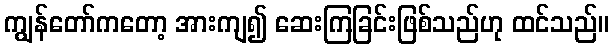
ကျွန်တော်ကတော့ အားကျ၍ ဆေးကြခြင်းဖြစ်သည်ဟု ထင်သည်။